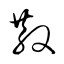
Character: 散